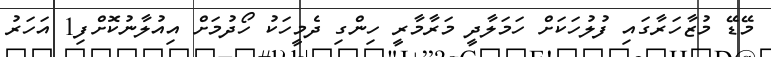
މޭޑޭ މުޒާހަރާގައި ފުލުހަކަށް ހަމަލާދީ މަރާމާރީ ހިންގި ދެމީހަކު ހޯދުމަށް އިއުލާނުކޮށްފި1 އަހަރު